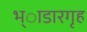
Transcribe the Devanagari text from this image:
भ्ाडारगृह